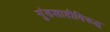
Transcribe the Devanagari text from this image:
गुंडशाहीविरुद्ध